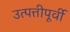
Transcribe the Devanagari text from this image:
उत्पत्तीपूर्वी